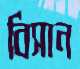
বিসান